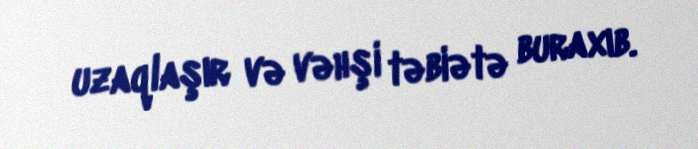
uzaqlaşır və vəhşi təbiətə buraxıb.